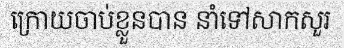
ក្រោយចាប់ខ្លួនបាន នាំទៅសាកសួរ